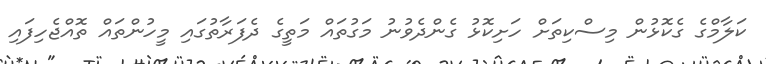
ކަލާމްގެ ގެކޮޅުން މިސްކިތަށް ހަށިކޮޅު ގެންދެވުނު މަގުތައް މަތީގެ ދެފަރާތުގައި މީހުންތައް ތޮއްޖެހިފައި